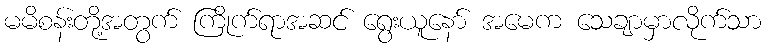
မမိစန်းတို့အတွက် ကြိုက်ရာအဆင် ရွေးယူနော် အမေက သေချာမှာလိုက်သာ